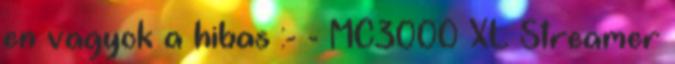
en vagyok a hibas :- - MC3000 XL Streamer